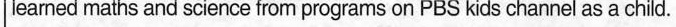
leamed maths and science from programs on PBS kids channel as a child.